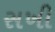
સખી